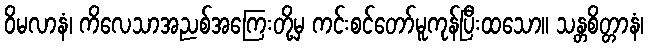
ဝိမလာနံ၊ ကိလေသာအညစ်အကြေးတို့မှ ကင်းစင်တော်မူကုန်ပြီးထသော။ သန္တစိတ္တာနံ၊